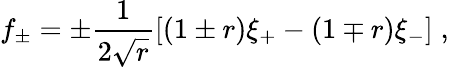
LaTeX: f_{\pm}=\pm\frac{1}{2\sqrt{r}}[(1\pm r)\xi_{+}-(1\mp r)\xi_{-}]\; ,